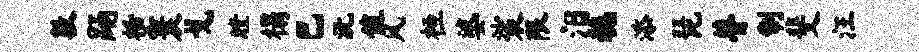
敦踊栝寰戈瞠榻巴沅值风桓婆裟限汨稳添琵瞢制斐汪